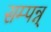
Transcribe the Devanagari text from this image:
सम्पन्न्